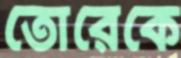
তোরেকে